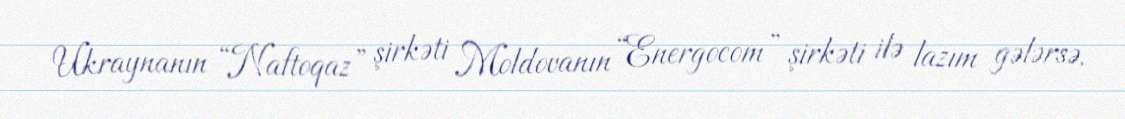
Ukraynanın “Naftoqaz” şirkəti Moldovanın “Energocom” şirkəti ilə lazım gələrsə,